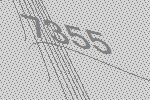
7355